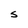
Character: S